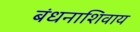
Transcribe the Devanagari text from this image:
बंधनाशिवाय